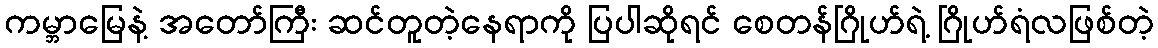
ကမ္ဘာမြေနဲ့ အတော်ကြီး ဆင်တူတဲ့နေရာကို ပြပါဆိုရင် စေတန်ဂြိုဟ်ရဲ့ ဂြိုဟ်ရံလဖြစ်တဲ့